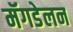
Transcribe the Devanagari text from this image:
मॅगडेलन